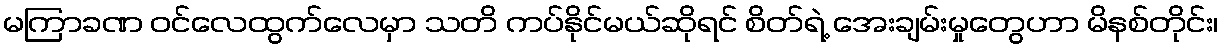
မကြာခဏ ဝင်လေထွက်လေမှာ သတိ ကပ်နိုင်မယ်ဆိုရင် စိတ်ရဲ့ အေးချမ်းမှုတွေဟာ မိနစ်တိုင်း၊